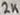
Text: 2K